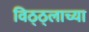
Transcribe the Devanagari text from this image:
विठ्ठ्लाच्या